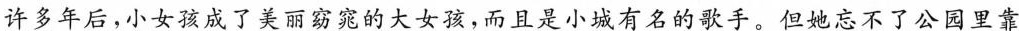
许多年后，小女孩成了美丽窈窕的大女孩，而且是小城有名的歌手。但她忘不了公园里靠